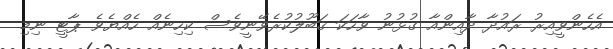
އެހެންވީއިރު ރައުދާ ދާއިންއާ ގުޅުނު ވާހަކަ ޤަބޫލުކުރެވޭނީވެސް ކިހިނެއް ހެއްޔެވެ ޕާޓީ ނިމި